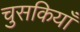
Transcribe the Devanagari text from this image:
चुसकियाँ